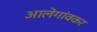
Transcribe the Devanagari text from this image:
आलेगांवकर